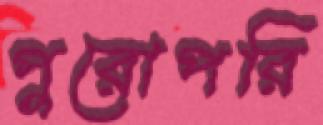
পুরোপরি